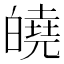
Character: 皢